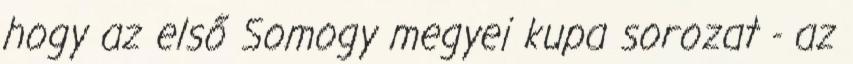
hogy az első Somogy megyei kupa sorozat - az